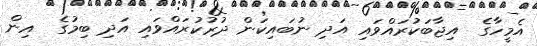
އެމީހާގެ  އިޖާބަކުރައްވައި އަދި ނުބައިކަން ދުރުކުރައްވައި އަދި ބިމުގެ  އިން